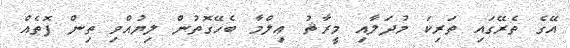
އޭގެ ތެރޭގައި ތަރިކަ މުދަލާއި މީރާޘު ޢިލްމާ ބެހޭގޮތުން ލިޔުއްވި ތިން ފޮތެއް